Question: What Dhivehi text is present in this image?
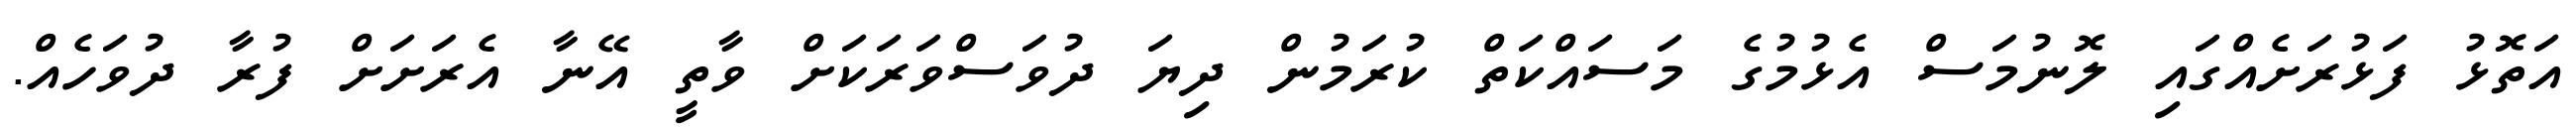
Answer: އަތޮޅު ފަޅުރަށެއްގައި ލޮނުމަސް އެޅުމުގެ މަސައްކަތް ކުރަމުން ދިޔަ ދުވަސްވަރަކަށް ވާތީ އޭނާ އެރަށަށް ފުރާ ދުވަހެއް.